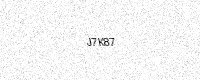
Text: J7K87